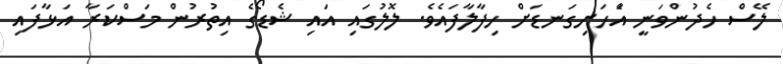
ލޭސް ހެދުންވަނީ އެަހަށިގަނޑަށް ހިފާލާފައެވެ. ލޮލުގައި އައި ޝެޑޯގެ އިތުރުން މަސްކަރާ އަޅާފައި